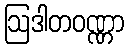
ဩဒါတဝဏ္ဏာ